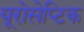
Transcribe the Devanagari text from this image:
यूरोसेप्टिक